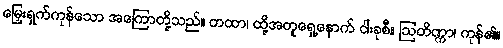
မြှေးရှက်ကုန်သော အကြောတို့သည်။ တထာ၊ ထို့အတူရှေ့နောက် ငါးခုစီ။ ဩတိဏ္ဏာ၊ ကုန်၏။